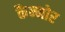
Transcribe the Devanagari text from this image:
कैन्मोर